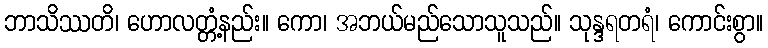
ဘာသိဿတိ၊ ဟောလတ္တံ့နည်း။ ကော၊ အဘယ်မည်သောသူသည်။ သုန္ဒရတရံ၊ ကောင်းစွာ။